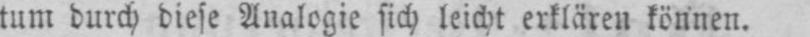
tum durch diese Analogie sich leicht erklären können.